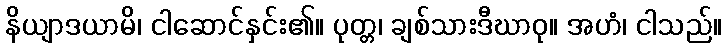
နိယျာဒယာမိ၊ ငါဆောင်နှင်း၏။ ပုတ္တ၊ ချစ်သားဒီဃာဝု။ အဟံ၊ ငါသည်။